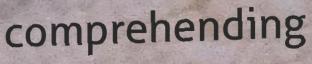
comprehending